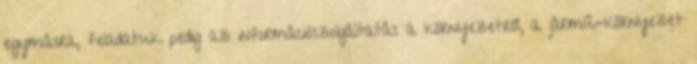
egymásra, feladatuk pedig az információszolgáltatás a környezetről, a jármű-környezet